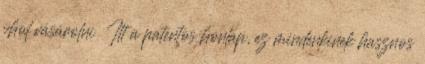
vhol vásárolni Itt a patentos honlap, ez mindenkinek hasznos